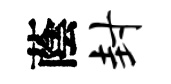
蔭封